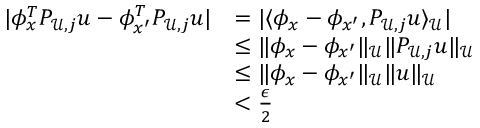
\begin{array} { r l } { | \phi _ { x } ^ { T } P _ { \mathcal U , j } u - \phi _ { x ^ { \prime } } ^ { T } P _ { \mathcal U , j } u | } & { = | \langle \phi _ { x } - \phi _ { x ^ { \prime } } , P _ { \mathcal U , j } u \rangle _ { \mathcal U } | } \\ & { \le \| \phi _ { x } - \phi _ { x ^ { \prime } } \| _ { \mathcal U } \| P _ { \mathcal U , j } u \| _ { \mathcal U } } \\ & { \le \| \phi _ { x } - \phi _ { x ^ { \prime } } \| _ { \mathcal U } \| u \| _ { \mathcal U } } \\ & { < \frac \epsilon 2 } \end{array}